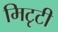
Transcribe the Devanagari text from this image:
मिटृटी